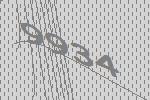
9934